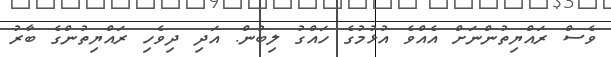
ވެސް ރައްޔިތުންނަށް އެއްވެ އުޅުމުގެ ހައްގު ލިބުން. އަދި ދިވެހި ރައްޔިތުންގެ ބާރު